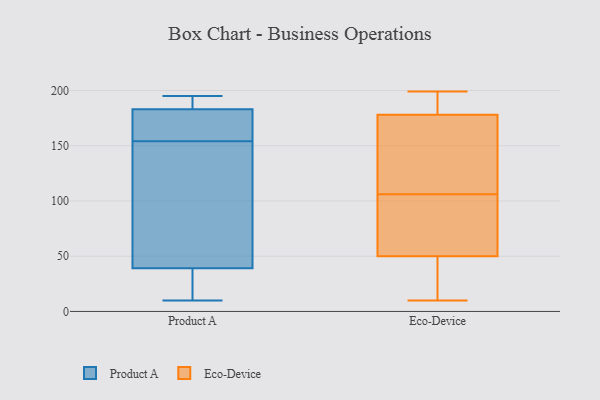
{"axis": {"x": "Churn Rate (%)", "y": "Value"}, "legend": ["Eco-Device", "Product A"], "data": [{"x": "", "y": 174, "type": "Product A"}, {"x": "", "y": 10, "type": "Product A"}, {"x": "", "y": 111, "type": "Product A"}, {"x": "", "y": 190, "type": "Product A"}, {"x": "", "y": 34, "type": "Product A"}, {"x": "", "y": 195, "type": "Product A"}, {"x": "", "y": 39, "type": "Product A"}, {"x": "", "y": 183, "type": "Product A"}, {"x": "", "y": 155, "type": "Product A"}, {"x": "", "y": 153, "type": "Product A"}, {"x": "", "y": 54, "type": "Eco-Device"}, {"x": "", "y": 174, "type": "Eco-Device"}, {"x": "", "y": 127, "type": "Eco-Device"}, {"x": "", "y": 38, "type": "Eco-Device"}, {"x": "", "y": 76, "type": "Eco-Device"}, {"x": "", "y": 26, "type": "Eco-Device"}, {"x": "", "y": 190, "type": "Eco-Device"}, {"x": "", "y": 119, "type": "Eco-Device"}, {"x": "", "y": 195, "type": "Eco-Device"}, {"x": "", "y": 69, "type": "Eco-Device"}, {"x": "", "y": 192, "type": "Eco-Device"}, {"x": "", "y": 10, "type": "Eco-Device"}, {"x": "", "y": 16, "type": "Eco-Device"}, {"x": "", "y": 106, "type": "Eco-Device"}, {"x": "", "y": 65, "type": "Eco-Device"}, {"x": "", "y": 119, "type": "Eco-Device"}, {"x": "", "y": 199, "type": "Eco-Device"}]}